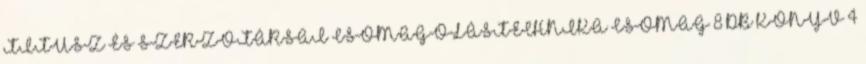
TITUSZ ÉS SZERZŐTÁRSAI CSOMAGOLÁSTECHNIKA CSOMAG 8 DB KÖNYV 4